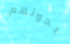
بدونهم